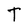
Character: T